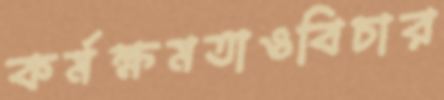
কর্মক্ষমতাওবিচার